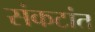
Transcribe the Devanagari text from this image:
संकटांत